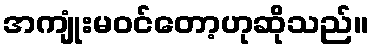
အကျုံးမဝင်တော့ဟုဆိုသည်။